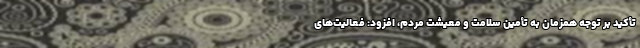
تأکید بر توجه همزمان به تأمین سلامت و معیشت مردم، افزود: فعالیت‌های